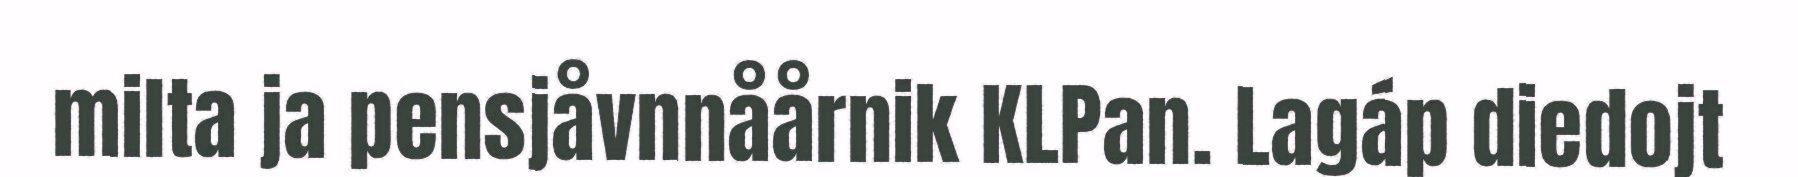
milta ja pensjåvnnåårnik KLPan. Lagáp diedojt